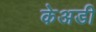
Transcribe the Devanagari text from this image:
केअडी